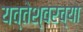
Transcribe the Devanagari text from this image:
यव्तेश्वरच्या